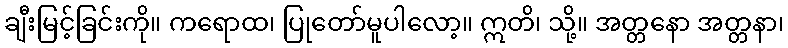
ချီးမြင့်ခြင်းကို။ ကရောထ၊ ပြုတော်မူပါလော့။ ဣတိ၊ သို့။ အတ္တနော အတ္တနာ၊